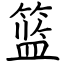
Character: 篮